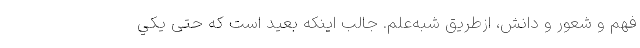
فهم و شعور و دانش، ازطریق شبه‌علم. جالب اينكه بعيد است که حتی يكي